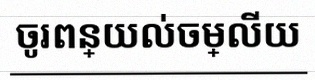
ចូរពន្យល់ចម្លើយ